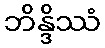
ဘိန္ဒိဿံ